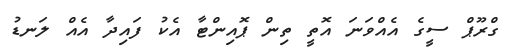
ގްރޫޕް ސީގެ އެއްވަނަ އޮތީ ތިން ޕޮއިންޓާ އެކު ފައިދާ އެއް ލަނޑު